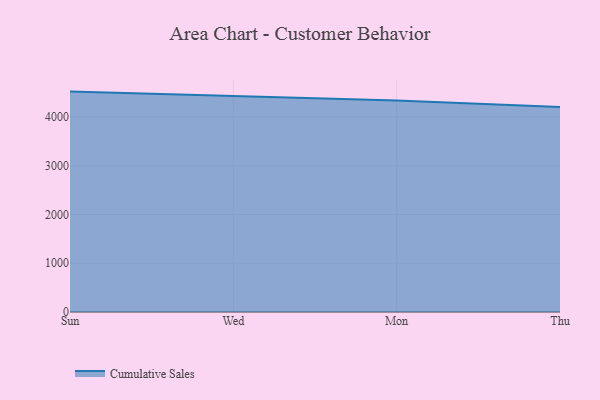
{"axis": {"x": "Day", "y": "Humidity (%)"}, "legend": ["Cumulative Sales"], "data": [{"x": "Sun", "y": 4520.1, "type": "Cumulative Sales"}, {"x": "Wed", "y": 4423.0, "type": "Cumulative Sales"}, {"x": "Mon", "y": 4338.0, "type": "Cumulative Sales"}, {"x": "Thu", "y": 4201.8, "type": "Cumulative Sales"}]}